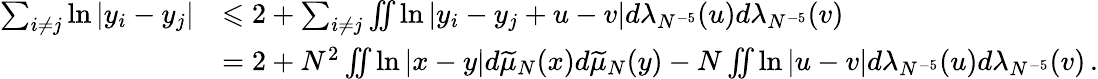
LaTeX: \begin{array}{rl}{\sum_{i\neq j}\ln|y_{i}-y_{j}|}&{\leqslant 2+\sum_{i\neq j}\iint\ln|y_{i}-y_{j}+u-v|d\lambda_{N^{-5}}(u)d\lambda_{N^{-5}}(v)}\\ &{=2+N^{2}\iint\ln|x-y|d\widetilde{\mu}_{N}(x)d\widetilde{\mu}_{N}(y)-N\iint\ln|u-v|d\lambda_{N^{-5}}(u)d\lambda_{N^{-5}}(v)\, .}\end{array}